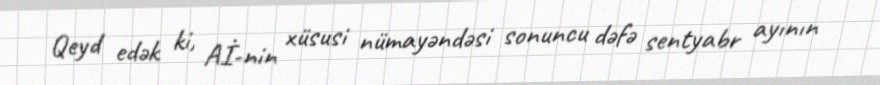
Qeyd edək ki, Aİ-nin xüsusi nümayəndəsi sonuncu dəfə sentyabr ayının